Vaccination United Provinces of Agra and Oudh 1914-1922 - 1914-1922
Year: 1914
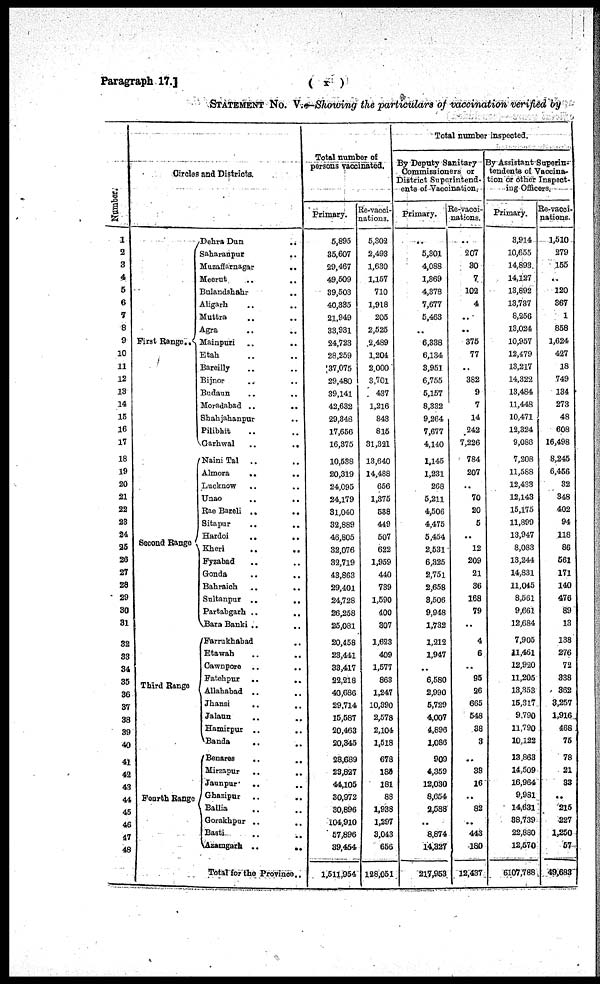
Paragraph 17.]
( x )
STATEMENT NO. V.—Showing the particulars of vaccination verified by
Number.
1
2
3
4
5
6
7
8
9
10
11
12
13
14
15
16
17
18
19
20
21
22
23
24
25
26
27
28
29
30
31
32
33
34
35
36
37
38
39
40
41
42
43
44
45
46
47
48
Circles and Districts.
First Range.
Second Range
Third Range
Fourth Range
Dehra Dun ..
Saharanpur ..
Muzaffarnagar
..
Meerut .. ..
Bulandshahr ..
Aligarh .. ..
Muttra .. ..
Agra .. ..
Mainpuri
..
..
Etah .. ..
Bareilly .. ..
Bijnor .. ..
Budaun .. ..
Moradabad .. ..
Shahjahanpur ..
Pilibhit .. ..
Garhwal
..
..
Naini Tal .. ..
Almora .. ..
Lucknow .. ..
Unao .. ..
Rae Bareli .. ..
Sitapur .. ..
Hardoi
..
..
Kheri
..
..
Fyzabad
.. ..
Gonda
..
..
Bahraich
..
..
Sultanpur
..
..
Partabgarh .. ..
Bara Banki .. ..
Farrukhabad ..
Etawah .. ..
Cawnpore
..
..
Fatehpur
.. ..
Allahabad .. ..
Jhansi .. ..
Jalaun .. ..
Hamirpur
..
..
Banda .. ..
Benares .. ..
Mirzapur .. ..
Jaunpur .. ..
Ghazipur .. ..
Ballia .. ..
Gorakhpur .. ..
Basti .. ..
Azamgarh
..
..
Total for the Province ..
Total number of
persona vaccinated.
Primary.
5,895
35,607
29,467
49,509
39,503
40,335
21,949
33,931
24,723
28,259
37,075
29,480
39,141
42,632
29,348
17,656
16,375
10,538
20,319
24,095
24,179
31,040
32,889
46,805
32,076
32,719
43,863
29,401
24,728
26,258
25,081
20,458
23,441
33,417
22,218
40,686
29,714
15,587
20,463
20,345
28,689
23,827
44,105
30,972
30,896
104,910
57,896
39,454
1,511,954
Re-vacci-
nations.
5,302
2,493
1,630
1,157
710
1,918
205
2,525
2,489
1,204
2,000
3,701
437
1,216
843
815
31,321
13,640
14,488
656
1,375
588
449
507
622
1,959
440
739
1,590
400
307
1,623
409
1,577
863
1,247
10,390
2,578
2,104
1,518
678
185
181
88
1,938
1,297
3,043
656
128,051
Total number inspected.
By Deputy Sanitary
Commissioners or
District Superintend-
ents of Vaccination.
Primary.
..
5,301
4,088
1,869
4,378
7,677
5,463
..
6,338
6,134
3,951
6,755
5,157
8,332
9,264
7,677
4,140
1,145
1,231
268
5,211
4,506
4,475
6,454
2,531
6,325
2,751
2,658
8,506
9,948
1,732
1,212
1,947
..
6,580
2,990
6,729
4,007
4,896
1,086
909
4,359
12,030
8,654
2,588
..
8,874
14,327
217,953
Re-vacci-
nations.
..
207
30
7
102
4
..
..
375
77
..
382
9
7
14
242
7,226
784
207
..
70
20
5
..
12
209
21
36
168
79
..
4
6
..
95
26
665
548
38
3
..
38
16
..
82
..
443
180
12,437
By Assistant Superin-
tendents of Vaccina-
tion or other Inspect-
ing Officers.
Primary.
3,914
10,655
14,893
14,127
13,892
13,737
8,256
13,024
10,957
12,479
13,217
14,322
13,484
11,448
10,471
12,324
9,083
7,208
11,568
12,433
12,143
15,175
11,899
13,947
8,083
13,244
14,831
11,045
8,561
9,661
12,684
7,905
11,461
12,920
11,205
13,353
15,317
9,790
11,790
10,122
13,863
14,509
16,964
9,981
14,631
38,739
22,880
12,570
6107,788
Re-vacci-
nations.
1,510
279
155
..
120
367
1
858
1,624
427
18
749
134
273
48
608
16,498
8,245
6,456
32
348
402
94
118
86
561
171
140
476
89
13
138
276
72
338
362
3,257
1,916
468
75
78
21
33
..
216
227
1,250
57
49,683